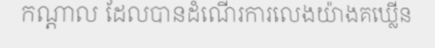
កណ្តាល ដែលបានដំណើរការលេងយ៉ាងគឃ្លើន